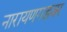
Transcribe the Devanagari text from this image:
नारायणगडवर